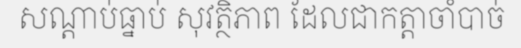
សណ្តាប់ធ្នាប់ សុវត្ថិភាព ដែលជាកត្តាចាំបាច់